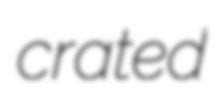
crated